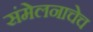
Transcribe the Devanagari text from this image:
संमेलनाचेच